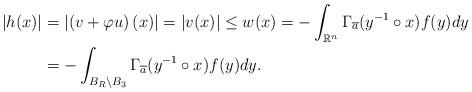
LaTeX: \begin{align*}\left\vert h(x)\right\vert & =\left\vert \left( v+\varphi u\right) \left(x\right) \right\vert =\left\vert v(x)\right\vert \leq w(x)=-\int_{\mathbb{R}^{n}}\Gamma_{\overline{a}}(y^{-1}\circ x)f(y)dy\ \\& =-\int_{B_{R}\setminus B_{3}}\Gamma_{\overline{a}}(y^{-1}\circ x)f(y)dy.\end{align*}